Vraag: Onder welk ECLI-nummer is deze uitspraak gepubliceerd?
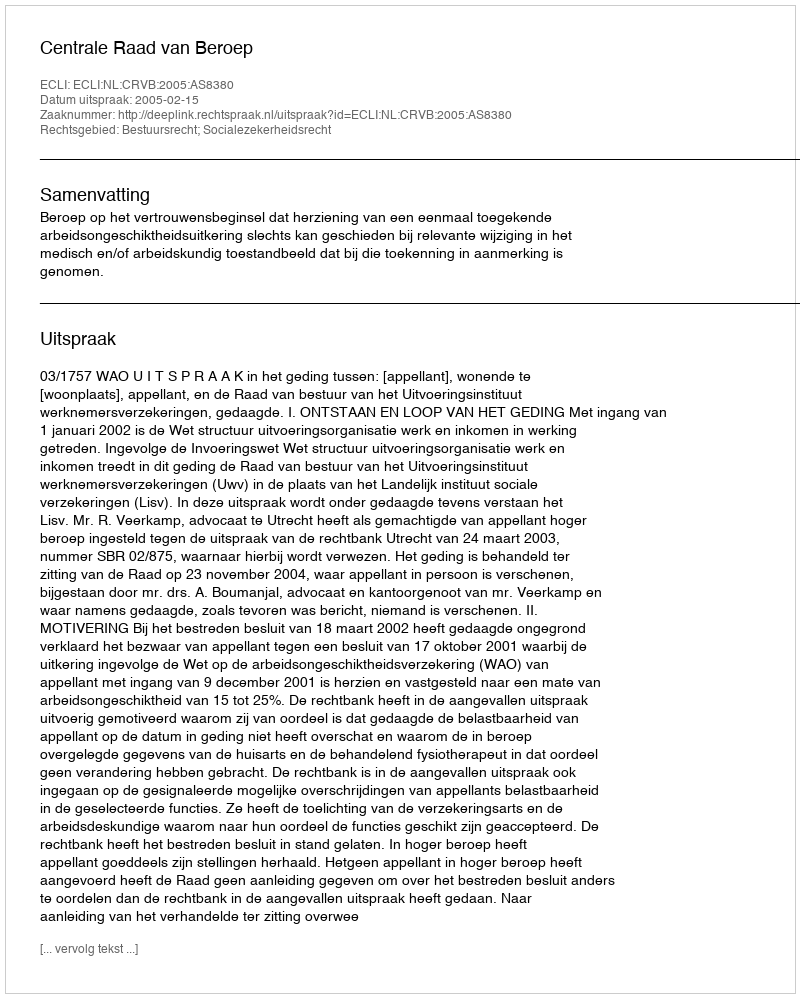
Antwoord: ECLI:NL:CRVB:2005:AS8380